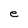
Character: e